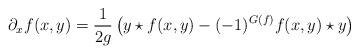
LaTeX: \begin{align*}\partial_xf(x,y)=\frac{1}{2g}\left(y\star f(x,y)-(-1)^{G(f)}f(x,y)\star y\right)\end{align*}